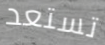
تستعد